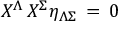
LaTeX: X ^ { \Lambda } \, X ^ { \Sigma } \eta _ { \Lambda \Sigma } \, = \, 0